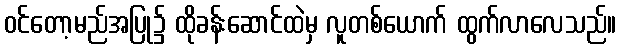
ဝင်တော့မည်အပြု၌ ထိုခန်းဆောင်ထဲမှ လူတစ်ယောက် ထွက်လာလေသည်။